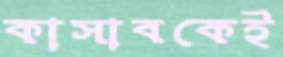
কাসাবকেই